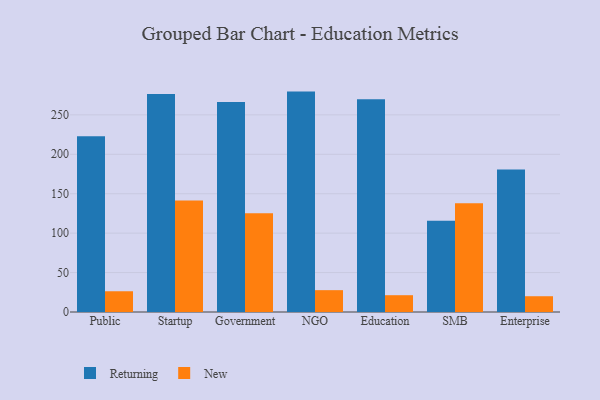
{"axis": {"x": "Segment", "y": "Satisfaction Score"}, "legend": ["New", "Returning"], "data": [{"x": "Public", "y": 222.8, "type": "Returning"}, {"x": "Public", "y": 26.3, "type": "New"}, {"x": "Startup", "y": 276.3, "type": "Returning"}, {"x": "Startup", "y": 141.3, "type": "New"}, {"x": "Government", "y": 266.2, "type": "Returning"}, {"x": "Government", "y": 125.1, "type": "New"}, {"x": "NGO", "y": 279.5, "type": "Returning"}, {"x": "NGO", "y": 27.7, "type": "New"}, {"x": "Education", "y": 269.9, "type": "Returning"}, {"x": "Education", "y": 21.3, "type": "New"}, {"x": "SMB", "y": 115.6, "type": "Returning"}, {"x": "SMB", "y": 137.9, "type": "New"}, {"x": "Enterprise", "y": 180.7, "type": "Returning"}, {"x": "Enterprise", "y": 20.0, "type": "New"}]}